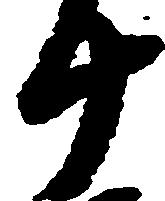
十